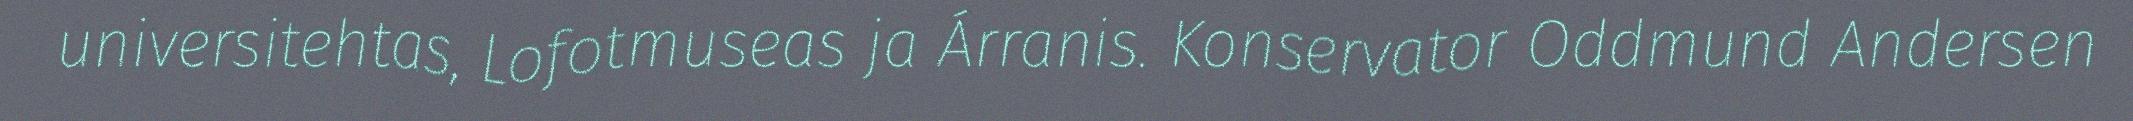
universitehtas, Lofotmuseas ja Árranis. Konservator Oddmund Andersen